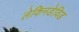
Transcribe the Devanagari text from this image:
लेकिनडेविड